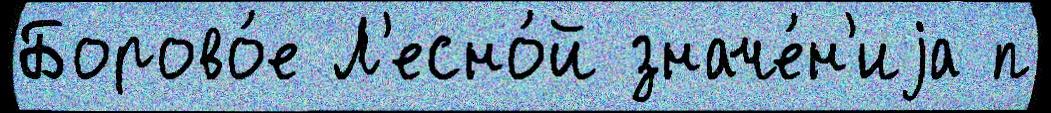
Борово́е Л'есно́й значе́н'иjа п